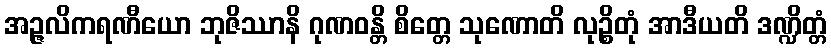
အဉ္ဇလိကရဏီယော ဘုဇိဿာနိ ဂုဏဝန္တိ စိတ္တေ သုဏောတိ လုဉ္စိတုံ အာဒီယတိ ဒဏ္ဍိတ္တံ